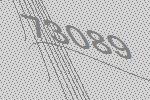
73089